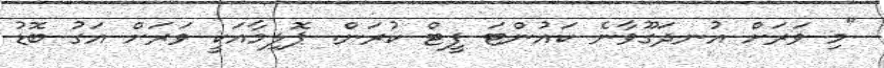
"މި ވަރަށް އުނދަގޫވާނެ ކައުންޓަ ފީޓް ކުރަން. ޕޮލިމާއަކީ ވަރަށް އަގު ބޮޑު